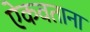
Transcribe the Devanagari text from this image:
ऐकवताना